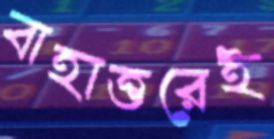
বাহাত্তরেই